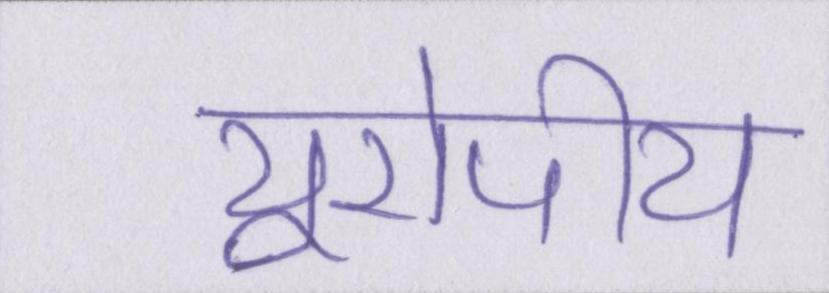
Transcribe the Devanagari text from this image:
यूरोपीय